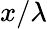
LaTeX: x/\lambda